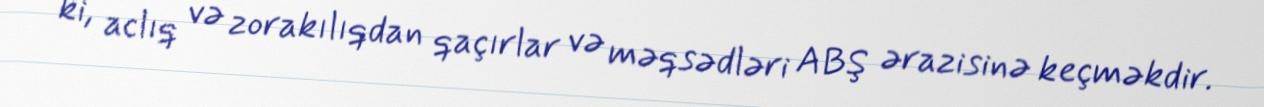
ki, aclıq və zorakılıqdan qaçırlar və məqsədləri ABŞ ərazisinə keçməkdir.